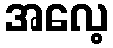
အလေ့